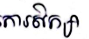
 ការសិក្សា